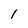
Character: I